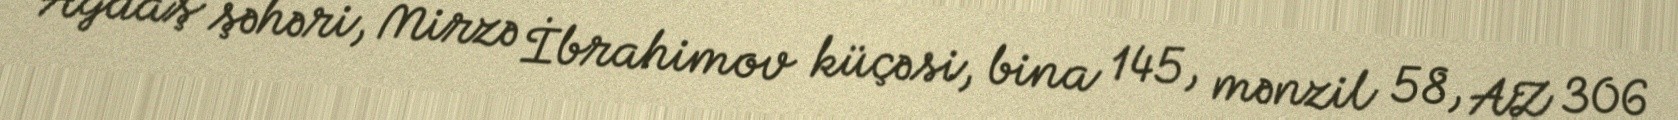
Ağdaş şəhəri, Mirzə İbrahimov küçəsi, bina 145, mənzil 58, AZ 306